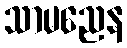
သာမညေန